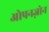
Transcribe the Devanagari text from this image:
ओपनज़ोन